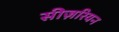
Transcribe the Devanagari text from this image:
सीज़रियन